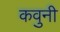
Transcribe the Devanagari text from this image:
कवुनी